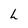
Character: L